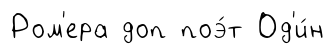
Ром'ера доп поэ́т Од'и́н